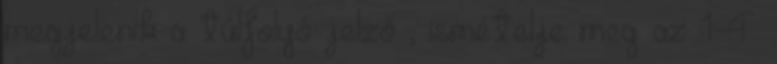
megjelenik a túlfolyó jelző , ismételje meg az 1-4.